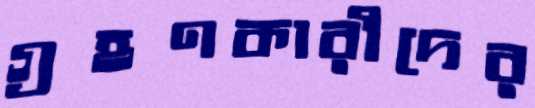
গ্রহণকারীদের